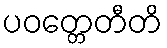
ပဝတ္တေတီတိ